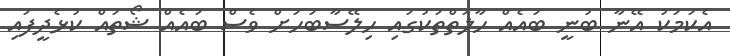
އެކަމަކު އޭނާ ބުނީ ބައެއް ހާލަތްތަކުގައި ހިލޭސާބަހަށް ވެސް ބައެއް ޝޯތައް ކުޅެދީފައި